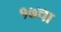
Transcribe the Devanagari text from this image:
१७चा